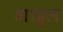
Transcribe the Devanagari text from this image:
शाहुल